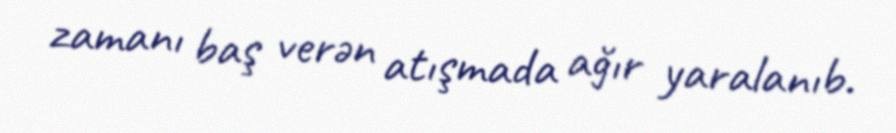
zamanı baş verən atışmada ağır yaralanıb.